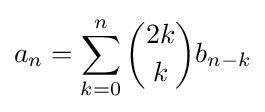
a_{n}=\sum _{k=0}^{n}{\binom {2k}{k}}b_{n-k}